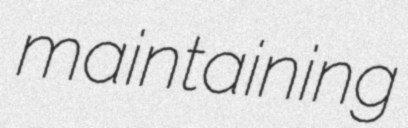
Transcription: maintaining